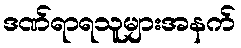
ဒဏ်ရာရသူများအနက်